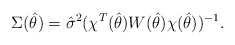
\begin{align*}\Sigma(\hat{\theta})=\hat{\sigma}^2 (\chi^T(\hat{\theta})W(\hat{\theta})\chi(\hat{\theta}))^{-1}.\end{align*}